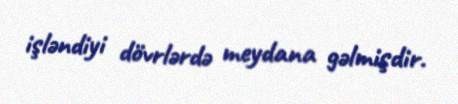
işləndiyi dövrlərdə meydana gəlmişdir.